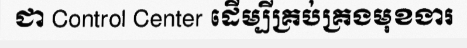
ជា Control Center ដើម្បីគ្រប់គ្រងមុខងារ